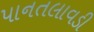
પાનતલાવડી